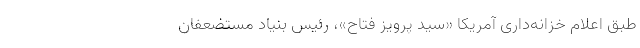
طبق اعلام خزانه‌داری آمریکا «سید پرویز فتاح»، رئیس بنیاد مستضعفان